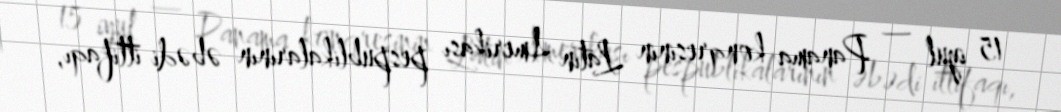
15 iyul — Panama konqresinin Latın Amerikası pespublikalarının əbədi ittifaqı,